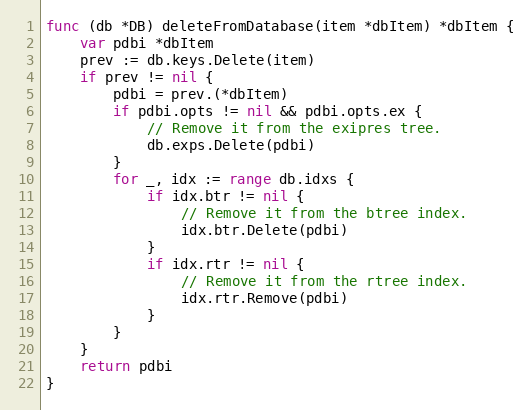
Language: Go
func (db *DB) deleteFromDatabase(item *dbItem) *dbItem {
	var pdbi *dbItem
	prev := db.keys.Delete(item)
	if prev != nil {
		pdbi = prev.(*dbItem)
		if pdbi.opts != nil && pdbi.opts.ex {
			// Remove it from the exipres tree.
			db.exps.Delete(pdbi)
		}
		for _, idx := range db.idxs {
			if idx.btr != nil {
				// Remove it from the btree index.
				idx.btr.Delete(pdbi)
			}
			if idx.rtr != nil {
				// Remove it from the rtree index.
				idx.rtr.Remove(pdbi)
			}
		}
	}
	return pdbi
}